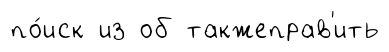
по́иск из об такжеправ'ить